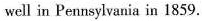
well in Pennsylvania in 1859,